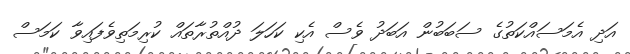
އަދި އެމަސައްކަތުގެ ސަބަބުން އަބަދު ވެސް އެކި ކަހަލަ ދުއްތުރާތައް ކުރިމަތިވެފައިވާ ކަމަސް